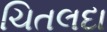
ચિતલદા